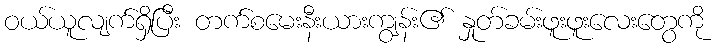
ဝယ်ယူလျက်ရှိပြီး တက်စမေးနီးယားကျွန်း၏ နှုတ်ခမ်းဖူးဖူးလေးတွေကို